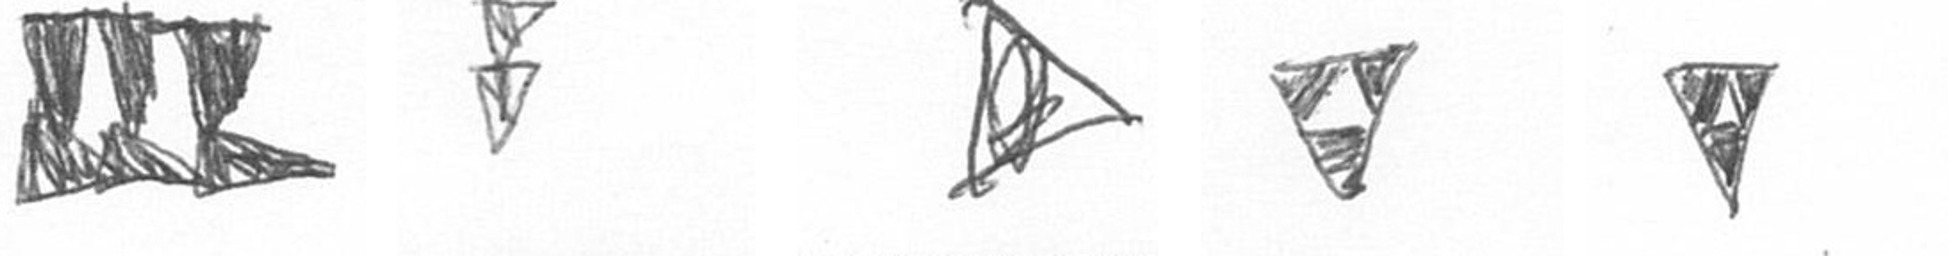
D Z O S S